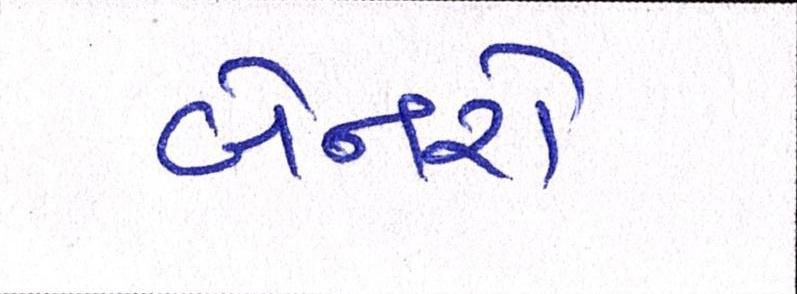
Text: બેનરો